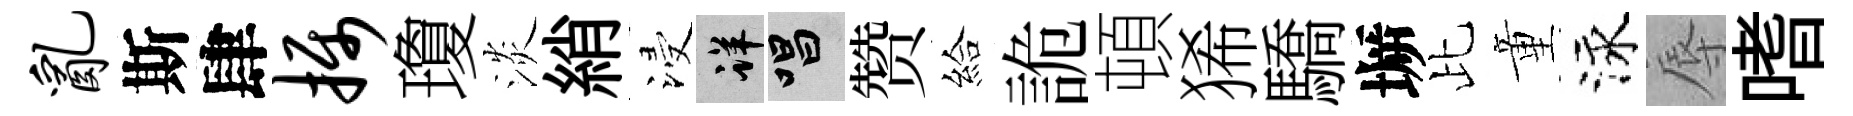
乱斯肆摄瓊淡綃浸详唱赞給詭頓狶驕󶱲比童泳辱嗜